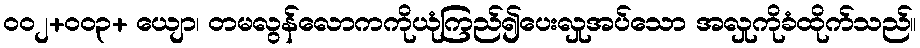
ဝဝ၂+ဝဝ၃+ ယျော၊ တမလွန်လောကကိုယုံကြည်၍ပေးလှုအပ်သော အလှုကိုခံထိုက်သည်။